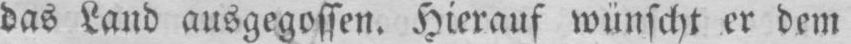
das Land ausgegossen. Hierauf wünscht er dem